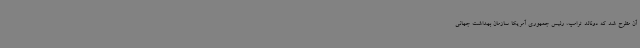
آن مطرح شد که دونالد ترامپ، رئیس جمهوری آمریکا سازمان بهداشت جهانی